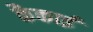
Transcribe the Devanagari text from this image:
कैकाई